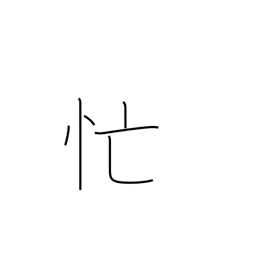
Meaning: busy